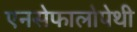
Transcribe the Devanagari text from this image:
एनसेफालोपेथी